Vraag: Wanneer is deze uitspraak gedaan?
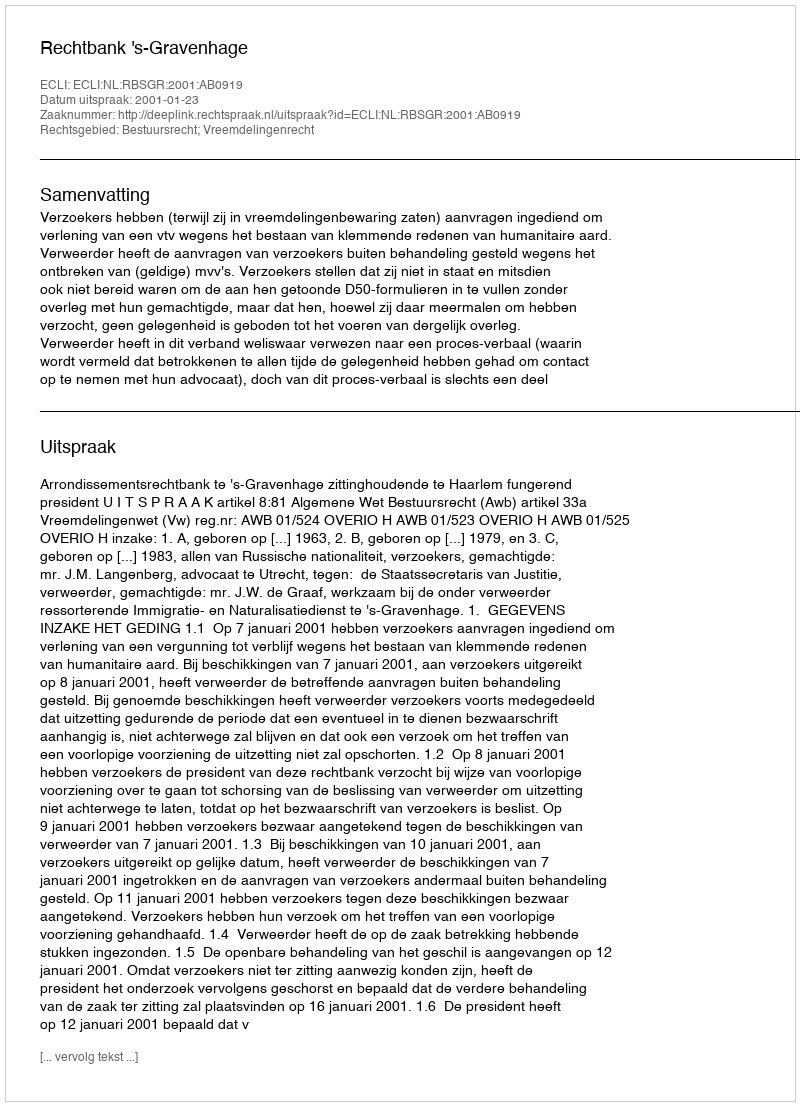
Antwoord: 2001-01-23